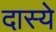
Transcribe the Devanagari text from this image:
दास्ये